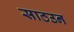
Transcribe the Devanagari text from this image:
साठउन